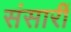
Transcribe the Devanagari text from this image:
संसारीं